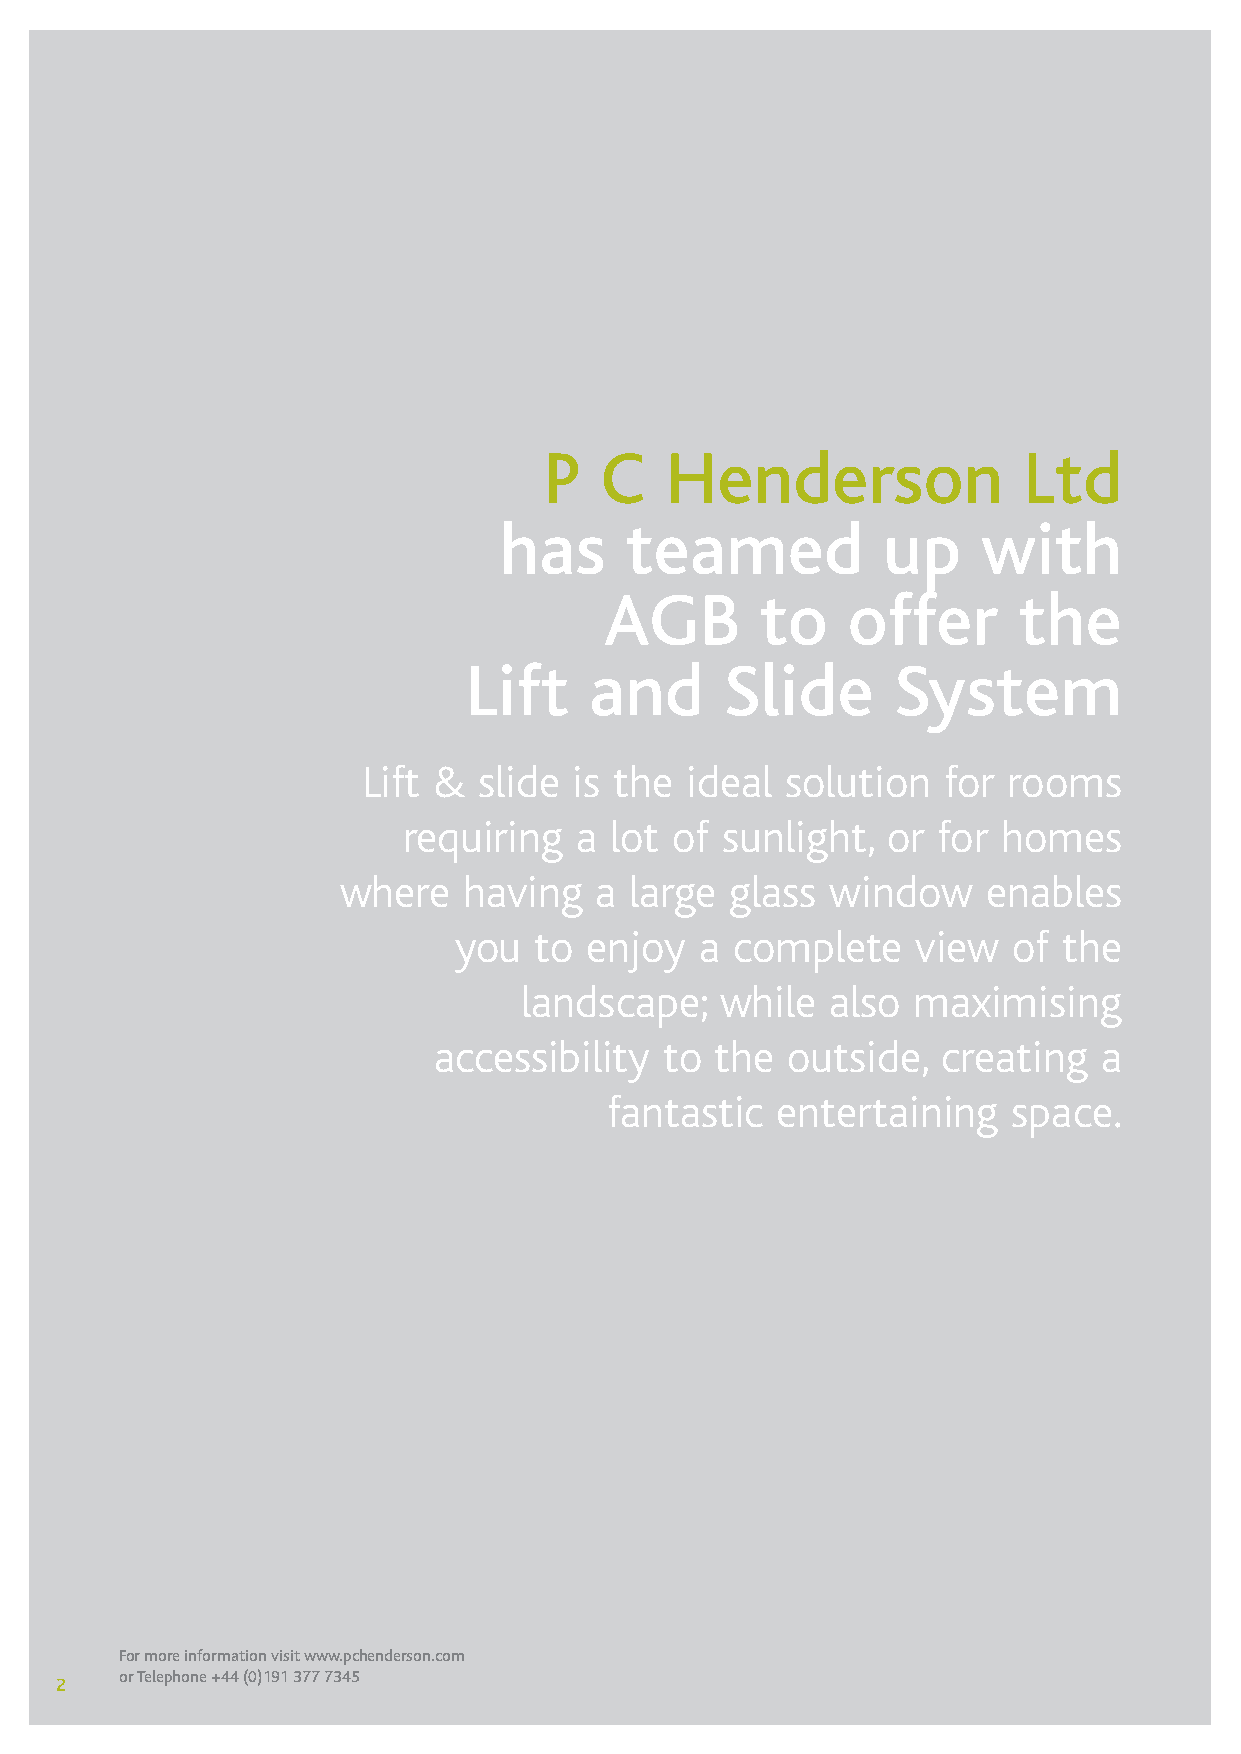
P   C   Henderson               Ltd
 has     teamed           up     with
 AGB       to    offer      the
 Lift    and      Slide      System
 Lift &  slide is the ideal  solution  for  rooms
 requiring  a lot of  sunlight,  or for homes
 where   having  a  large glass  window    enables
 you  to  enjoy  a complete     view  of the
 landscape;    while  also maximising
 accessibility  to the  outside,  creating   a
 fantastic  entertaining    space.
 For more information visit www.pchenderson.com
 or Telephone +44 (0)191 377 7345
 2